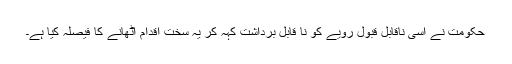
حکومت نے اسی ناقابلِ قبول رویے کو نا قابلِ برداشت کہہ کر یہ سخت اقدام اٹھانے کا فیصلہ کیا ہے۔